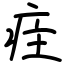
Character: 疰